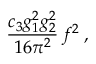
\frac { c _ { 3 } g _ { 1 } ^ { 2 } g _ { 2 } ^ { 2 } } { 1 6 \pi ^ { 2 } } \, f ^ { 2 } \; ,